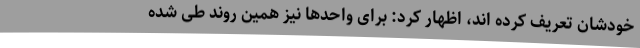
خودشان تعریف کرده اند، اظهار کرد: برای واحدها نیز همین روند طی شده